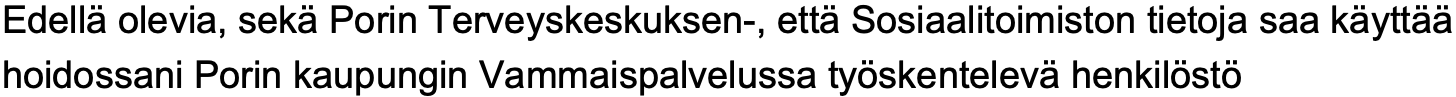
Edellä olevia, sekä Porin Terveyskeskuksen-, että Sosiaalitoimiston tietoja saa käyttää hoidossani Porin kaupungin Vammaispalvelussa työskentelevä henkilöstö